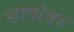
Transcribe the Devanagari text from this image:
सापांवर